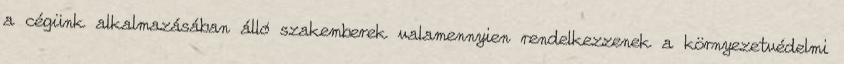
a cégünk alkalmazásában álló szakemberek valamennyien rendelkezzenek a környezetvédelmi